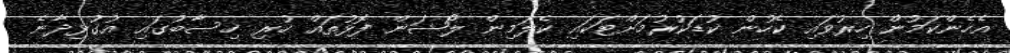
އެހެންކަމުން ހިރުވައި ކެހުން ކުޑަކުރުމަށްޓަކައި ކެލަމިން ލޯޝަން ފޮޅުތައް ހުރި ހިސާބުގައި އުގުޅިދާނެ